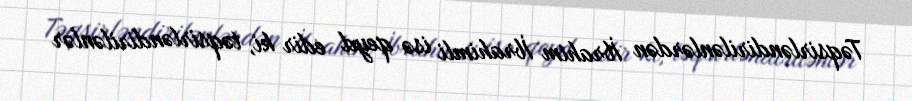
Təqsirləndirilənlərdən İbrahim İbrahimli isə qeyd edir ki, təqsirləndirilənlər